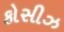
કોસીઝ